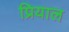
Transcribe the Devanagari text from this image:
प्रियाल